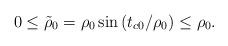
LaTeX: \begin{align*}0\leq\tilde{\rho}_0=\rho_0\sin\left(t_{c0}/\rho_0\right)\leq\rho_0 .\end{align*}